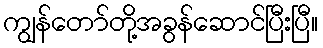
ကျွန်တော်တို့အခွန်ဆောင်ပြီးပြီ။